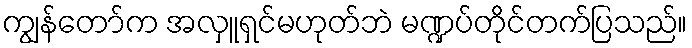
ကျွန်တော်က အလှူရှင်မဟုတ်ဘဲ မဏ္ဍပ်တိုင်တက်ပြသည်။